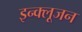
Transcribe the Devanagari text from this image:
इन्क्लूजन